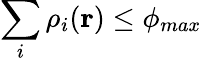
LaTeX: \sum_{i}\rho_{i}(\mathbf{r})\leq\phi_{max}